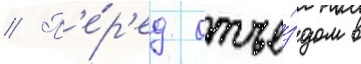
// П'е́р'ед отъе́здом в